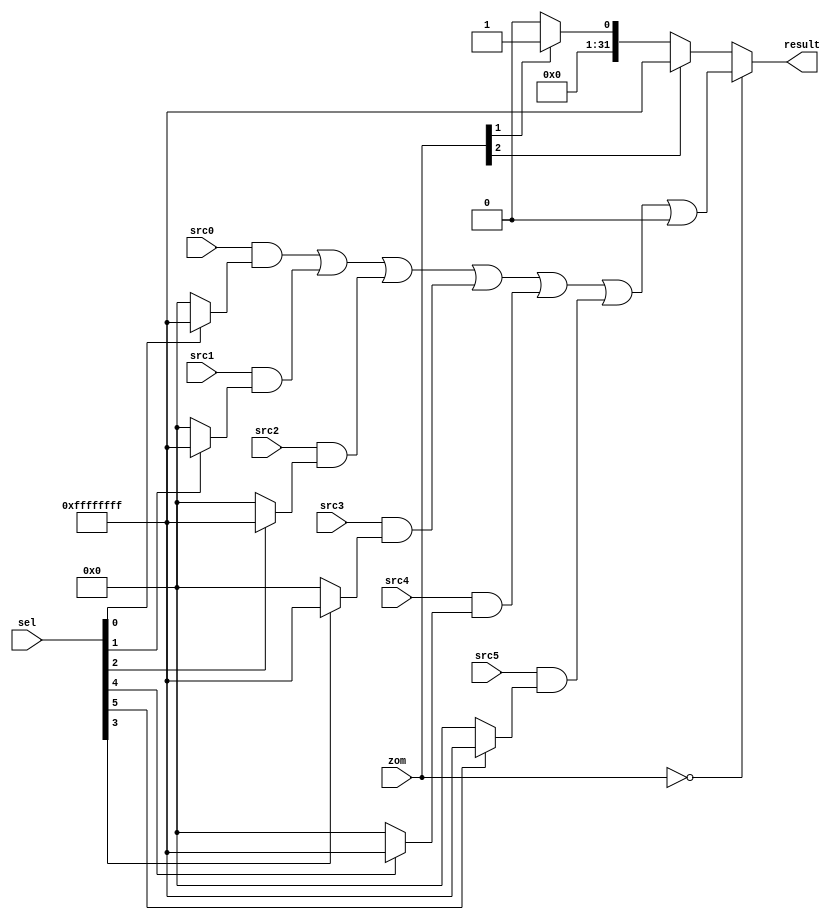
module WBExecute (
  input      [31:0]   src0,
  input      [31:0]   src1,
  input      [31:0]   src2,
  input      [31:0]   src3,
  input      [31:0]   src4,
  input      [31:0]   src5,
  input      [5:0]    sel,
  input      [2:0]    zom,
  output reg [31:0]   result
);
  wire       [31:0]   _zz_1_;
  wire       [31:0]   _zz_2_;
  wire       [31:0]   _zz_3_;
  wire                _zz_4_;
  wire       [31:0]   _zz_5_;
  wire       [31:0]   _zz_6_;
  wire       [31:0]   presel;
  reg        [31:0]   constant_1_;

  assign _zz_1_ = (src0 & (sel[0] ? 32'hffffffff : 32'h0));
  assign _zz_2_ = (src1 & (sel[1] ? 32'hffffffff : 32'h0));
  assign _zz_3_ = (sel[2] ? 32'hffffffff : 32'h0);
  assign _zz_4_ = sel[3];
  assign _zz_5_ = 32'hffffffff;
  assign _zz_6_ = 32'h0;
  assign presel = ((((((_zz_1_ | _zz_2_) | (src2 & _zz_3_)) | (src3 & (_zz_4_ ? _zz_5_ : _zz_6_))) | (src4 & (sel[4] ? 32'hffffffff : 32'h0))) | (src5 & (sel[5] ? 32'hffffffff : 32'h0))) | (src6 & (sel[6] ? 32'hffffffff : 32'h0)));
  always @ (*) begin
    constant_1_ = 32'h0;
    if(zom[2])begin
      constant_1_ = 32'hffffffff;
    end else begin
      if(zom[1])begin
        constant_1_ = 32'h00000001;
      end
    end
  end

  always @ (*) begin
    result = constant_1_;
    if((zom == (3'b000)))begin
      result = presel;
    end
  end


endmodule